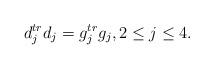
LaTeX: \begin{align*}d_j^{tr}d_j=g_j^{tr}g_j, 2\leq j\leq 4.\end{align*}